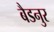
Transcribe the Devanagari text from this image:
बैडनुर